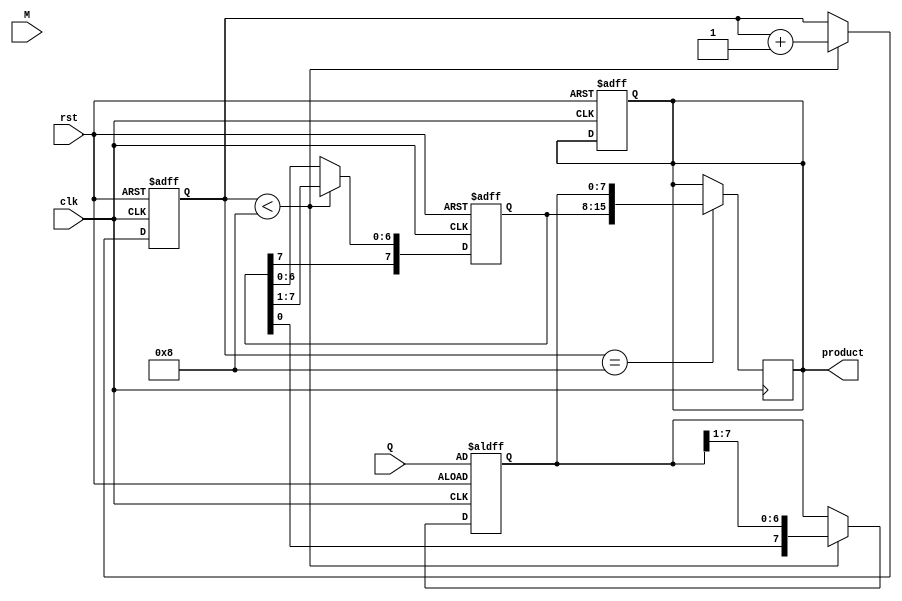
module booth_multiplier #(parameter N = 8) (
    input wire clk,
    input wire rst,
    input wire [N-1:0] M, // Multiplicand
    input wire [N-1:0] Q, // Multiplier
    output reg [2*N-1:0] product // Product (A, Q)
);

    reg [N-1:0] A; // Accumulator
    reg [N-1:0] Q_reg; // Multiplier register
    reg Q_1; // Previous bit
    reg [3:0] count; // Counter for iterations

    always @(posedge clk or posedge rst) begin
        if (rst) begin
            A <= 0;
            Q_reg <= Q;
            Q_1 <= 0;
            product <= 0;
            count <= 0;
        end else if (count < N) begin
            case ({Q_reg[0], Q_1})
                2'b00: begin
                    // No operation
                end
                2'b01: begin
                    // A = A + M
                    A <= A + M;
                end
                2'b10: begin
                    // A = A - M
                    A <= A - M;
                end
                2'b11: begin
                    // No operation
                end
            endcase
            
            // Arithmetic right shift (A, Q)
            {A, Q_reg} <= {A[N-1], A, Q_reg} >> 1; // Shift right with sign extension
            Q_1 <= Q_reg[0]; // Update previous bit
            count <= count + 1; // Increment count
        end
    end

    always @(posedge clk) begin
        if (count == N) begin
            product <= {A, Q_reg}; // Output the product after N iterations
        end
    end

endmodule